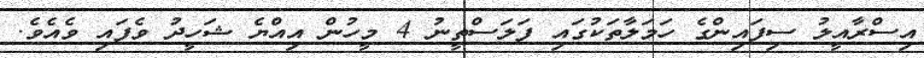
އިސްރާއީލު ސިފައިންގެ ހަމަލާތަކުގައި ފަލަސްތީނު 4 މީހުން އިއްޔެ ޝަހީދު ވެފައި ވެއެވެ.